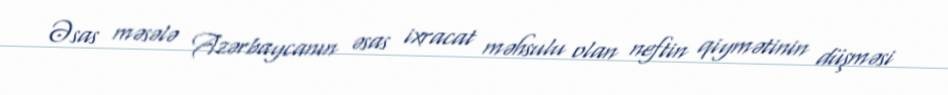
Əsas məsələ Azərbaycanın əsas ixracat məhsulu olan neftin qiymətinin düşməsi